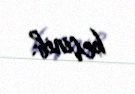
keçinib.